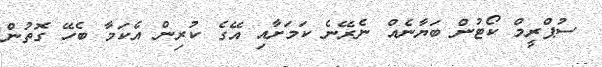
ސުޕްރީމް ކޯޓުން ބަޔާނެއް ނެރޭނެ ކަމަށާއި އޭގެ ކުރިން އެކަމާ ބެހޭ ގޮތުން